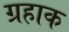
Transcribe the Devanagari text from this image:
ग्रहाक